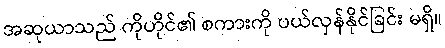
အဆုယာသည် ကိုဟိုင်၏ စကားကို ပယ်လှန်နိုင်ခြင်း မရှိ။